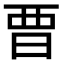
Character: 𣆛